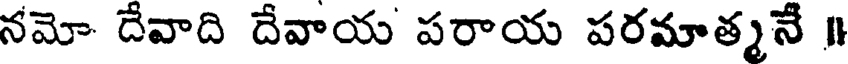
నమో దేవాది దేవాయ పరాయ పరమాత్మనే I